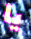
يا